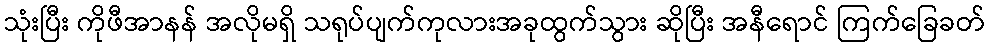
သုံးပြီး ကိုဖီအာနန် အလိုမရှိ သရုပ်ပျက်ကုလားအခုထွက်သွား ဆိုပြီး အနီရောင် ကြက်ခြေခတ်